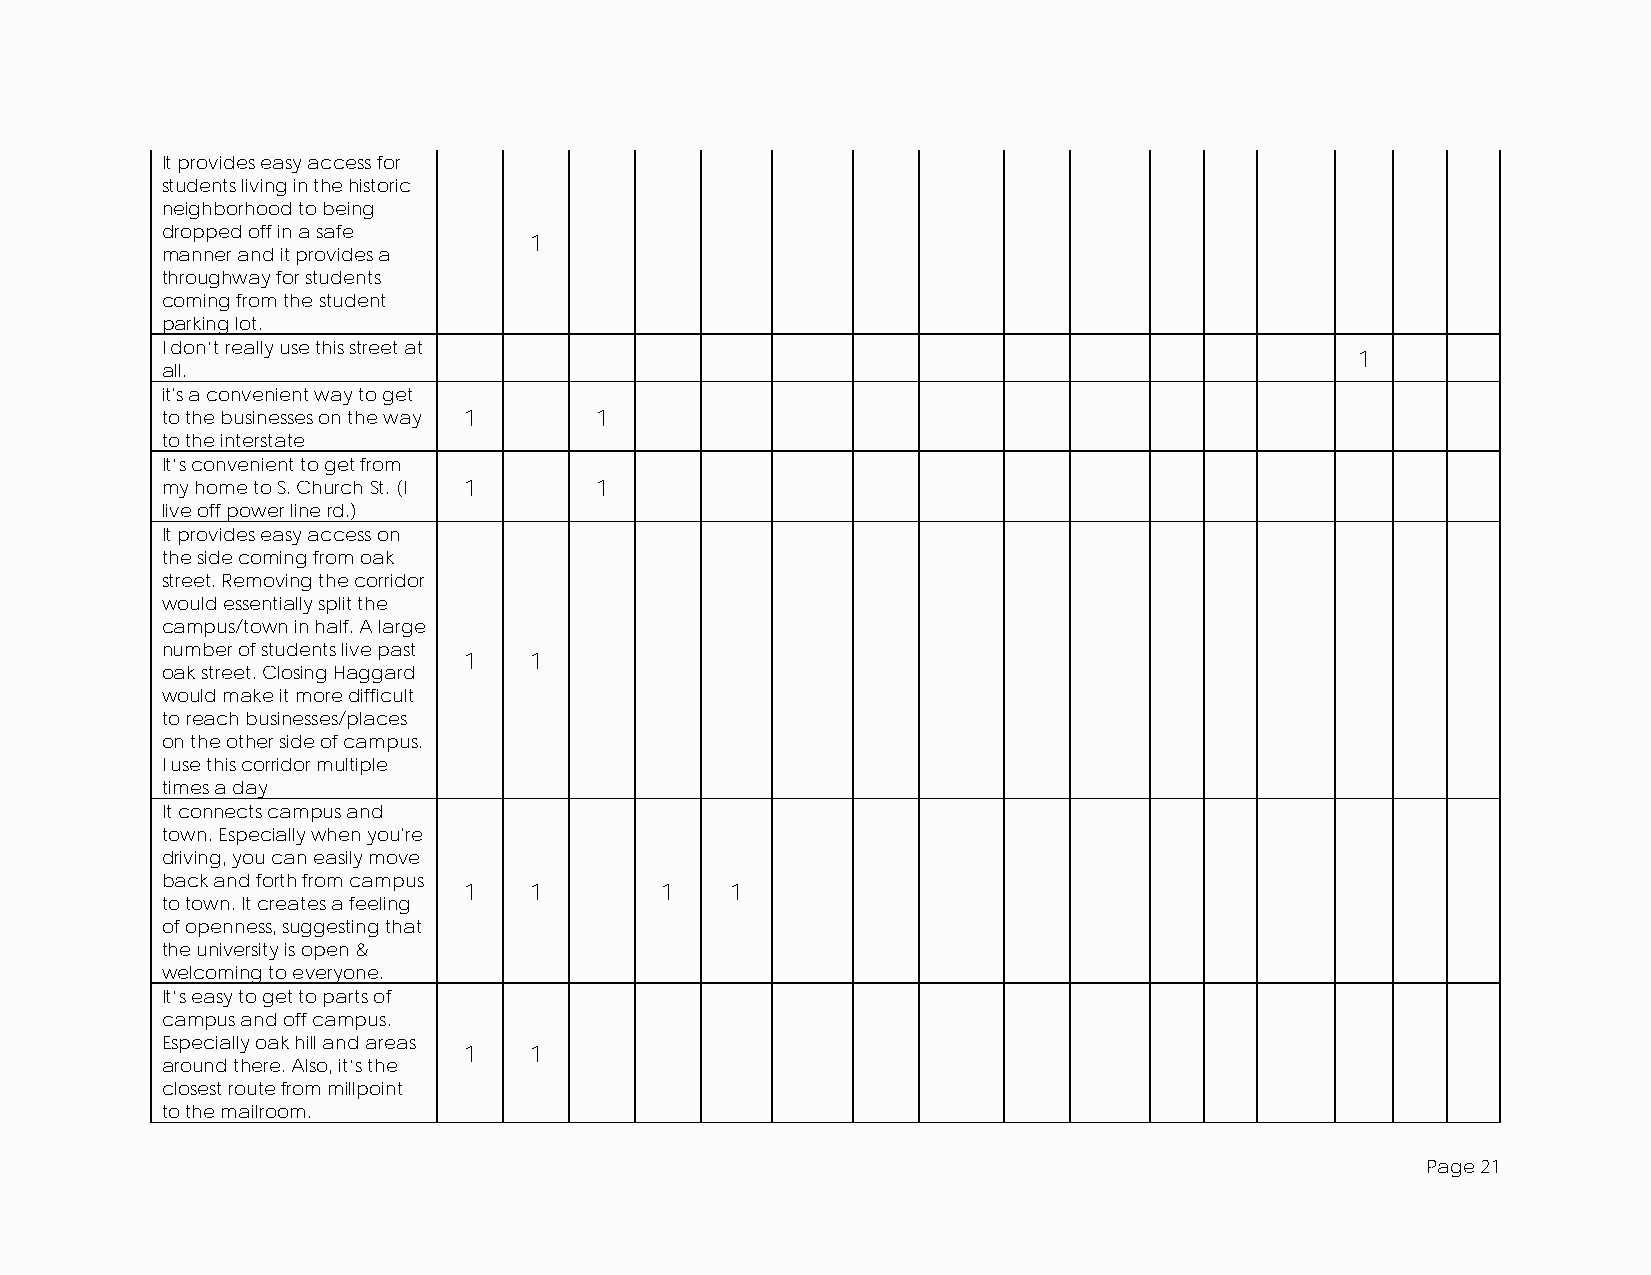
It provides easy access for
 students living in the historic
 neighborhood to being
 dropped off in a safe
 1
 manner and it provides a
 throughway for students
 coming from the student
 parking lot.
 I don’t really use this street at
 1
 all.
 it's a convenient way to get
 to the businesses on the way 1 1
 to the interstate
 It’s convenient to get from
 my home to S. Church St. (I 1 1
 live off power line rd.)
 It provides easy access on
 the side coming from oak
 street. Removing the corridor
 would essentially split the
 campus/town in half. A large
 number of students live past
 1   1
 oak street. Closing Haggard
 would make it more difficult
 to reach businesses/places
 on the other side of campus.
 I use this corridor multiple
 times a day
 It connects campus and
 town. Especially when you're
 driving, you can easily move
 back and forth from campus
 1   1        1   1
 to town. It creates a feeling
 of openness, suggesting that
 the university is open &
 welcoming to everyone.
 It’s easy to get to parts of
 campus and off campus.
 Especially oak hill and areas
 1   1
 around there. Also, it’s the
 closest route from millpoint
 to the mailroom.
 Page 21